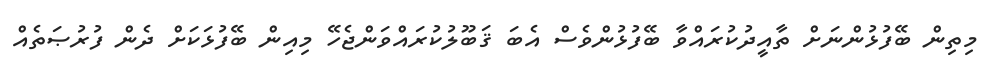
މިތިން ބޭފުޅުންނަށް ތާއީދުކުރައްވާ ބޭފުޅުންވެސް އެބަ ޤަބޫލުކުރައްވަންޖެހޭ މިއިން ބޭފުޅަކަށް ދެން ފުރުޞަތެއް